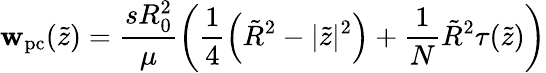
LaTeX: \mathbf{w}_{\mathrm{{pc}}}(\tilde{{z}})=\frac{{sR_{0}^{2}}}{{\mu}}\left(\frac{{1}}{{4}}\left(\tilde{{R}}^{2}-|\tilde{{z}}|^{2}\right)+\frac{{1}}{{N}}\tilde{{R}}^{2}\tau(\tilde{{z}})\right)